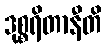
ဒုစ္စရိတာနီတိ